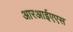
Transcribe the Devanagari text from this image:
आरआईएएस